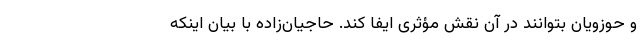
و حوزویان بتوانند در آن نقش مؤثری ایفا کند. حاجیان‌زاده با بیان اینکه